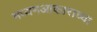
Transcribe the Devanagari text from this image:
मध्यमआकाराच्या